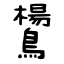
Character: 鸉